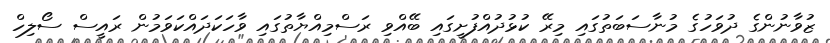
ޒުވާނުންގެ ދުވަހުގެ މުނާސަބަތުގައި މިރޭ ކުޅުދުއްފުށީގައި ބޭއްވި ރަސްމިއްޔާތުގައި ވާހަކަދައްކަވަމުން ރައީސް ސޯލިހް